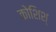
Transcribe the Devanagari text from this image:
कोशिश्